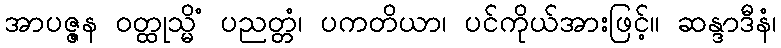
အာပဇ္ဇန ဝတ္ထုသ္မိံ ပညတ္တံ၊ ပကတိယာ၊ ပင်ကိုယ်အားဖြင့်။ ဆန္ဒာဒီနံ၊